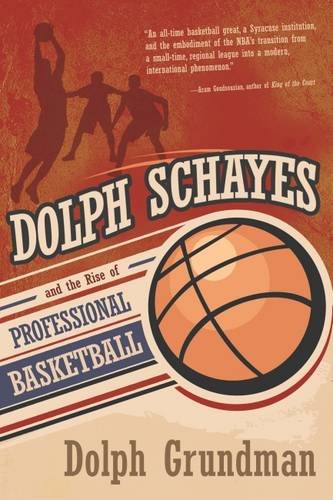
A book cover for Dolph Schayes and the Rise of Professional Basketball (Sports and Entertainment); Dolph Grundman; Sports & Outdoors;